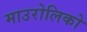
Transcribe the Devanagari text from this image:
माउरोलिको